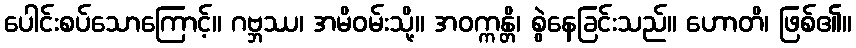
ပေါင်းစပ်သောကြောင့်။ ဂဗ္ဘဿ၊ အမိဝမ်းသို့။ အဝက္ကန္တိ၊ စွဲနေခြင်းသည်။ ဟောတိ၊ ဖြစ်၏။